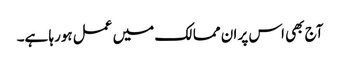
آج بھی اس پر ان ممالک میں عمل ہورہا ہے۔